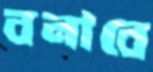
বনাবে